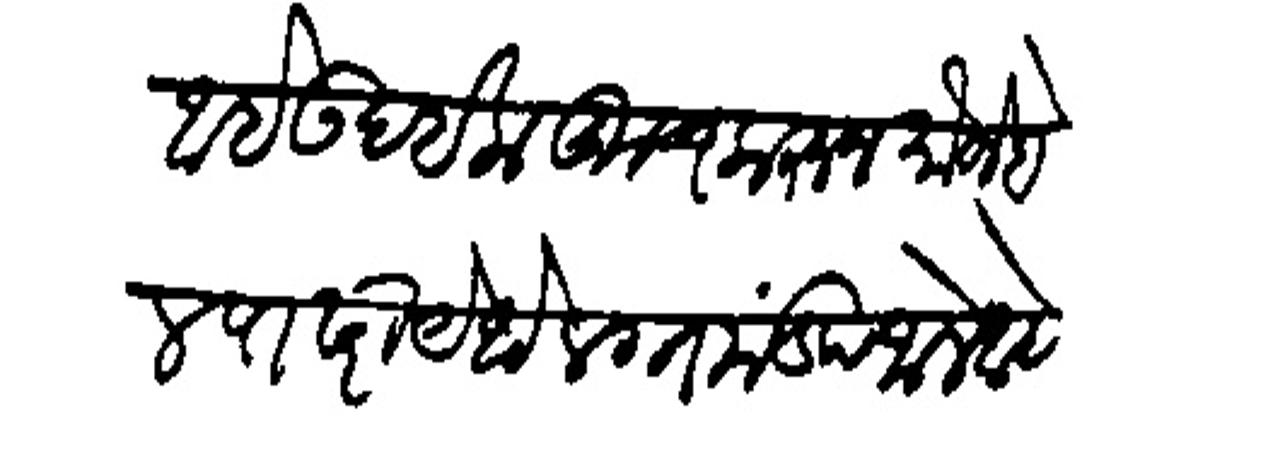
Transliteration (Devanagari): आहे उदईक कूच करून मौजे वेलपाढरी येथे लग्नमंडप जाले आहेत